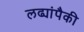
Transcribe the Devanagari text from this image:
लढ्यांपैकी